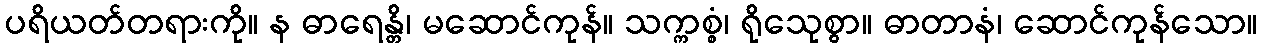
ပရိယတ်တရားကို။ န ဓာရေန္တိ၊ မဆောင်ကုန်။ သက္ကစ္စံ၊ ရိုသေုစွာ။ ဓာတာနံ၊ ဆောင်ကုန်သော။